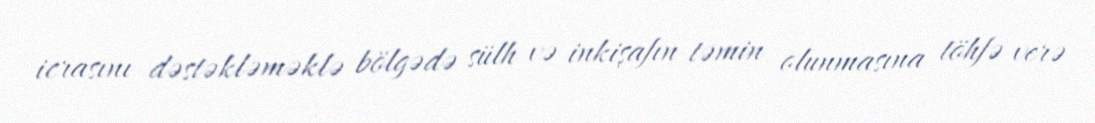
icrasını dəstəkləməklə bölgədə sülh və inkişafın təmin olunmasına töhfə verə